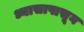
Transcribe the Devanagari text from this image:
ध्यासापासून